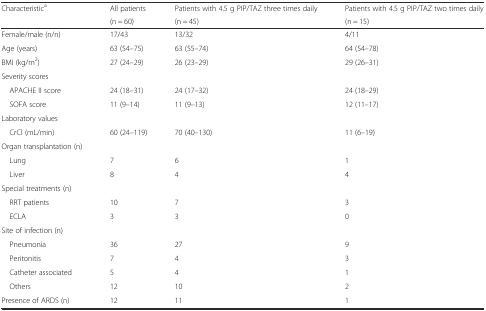
<table><thead><tr><td rowspan="2"><b>Characteristic<sup>a</sup></b></td><td><b>All patients</b></td><td><b>Patients with 4.5 g PIP/TAZ three times daily</b></td><td><b>Patients with 4.5 g PIP/TAZ two times daily</b></td></tr><tr><td><b>(n = 60)</b></td><td><b>(n = 45)</b></td><td><b>(n = 15)</b></td></tr></thead><tbody><tr><td>Female/male (n/n)</td><td>17/43</td><td>13/32</td><td>4/11</td></tr><tr><td>Age (years)</td><td>63 (54–75)</td><td>63 (55–74)</td><td>64 (54–78)</td></tr><tr><td>BMI (kg/m<sup>2</sup>)</td><td>27 (24–29)</td><td>26 (23–29)</td><td>29 (26–31)</td></tr><tr><td>Severity scores</td><td></td><td></td><td></td></tr><tr><td> APACHE II score</td><td>24 (18–31)</td><td>24 (17–32)</td><td>24 (18–29)</td></tr><tr><td> SOFA score</td><td>11 (9–14)</td><td>11 (9–13)</td><td>12 (11–17)</td></tr><tr><td>Laboratory values</td><td></td><td></td><td></td></tr><tr><td> CrCl (mL/min)</td><td>60 (24–119)</td><td>70 (40–130)</td><td>11 (6–19)</td></tr><tr><td>Organ transplantation (n)</td><td></td><td></td><td></td></tr><tr><td> Lung</td><td>7</td><td>6</td><td>1</td></tr><tr><td> Liver</td><td>8</td><td>4</td><td>4</td></tr><tr><td>Special treatments (n)</td><td></td><td></td><td></td></tr><tr><td> RRT patients</td><td>10</td><td>7</td><td>3</td></tr><tr><td> ECLA</td><td>3</td><td>3</td><td>0</td></tr><tr><td>Site of infection (n)</td><td></td><td></td><td></td></tr><tr><td> Pneumonia</td><td>36</td><td>27</td><td>9</td></tr><tr><td> Peritonitis</td><td>7</td><td>4</td><td>3</td></tr><tr><td> Catheter associated</td><td>5</td><td>4</td><td>1</td></tr><tr><td> Others</td><td>12</td><td>10</td><td>2</td></tr><tr><td>Presence of ARDS (n)</td><td>12</td><td>11</td><td>1</td></tr></tbody></table>